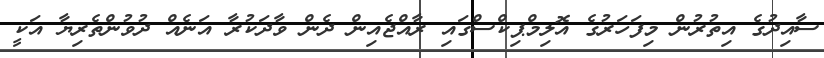
ސާއިދުގެ އިތުރުން މިފަހަރުގެ އޮލިމްޕިކްސްގައި ރާއްޖެއިން ދެން ވާދަކުރާ އަނެއް ދުވުންތެރިޔާ އަކީ